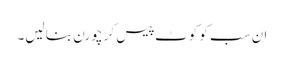
ان سب کو کوٹ پیس کر چورن بنا لیں۔